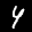
Label: 4